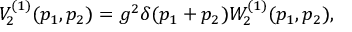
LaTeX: V _ { 2 } ^ { ( 1 ) } ( p _ { 1 } , p _ { 2 } ) = g ^ { 2 } \delta ( p _ { 1 } + p _ { 2 } ) W _ { 2 } ^ { ( 1 ) } ( p _ { 1 } , p _ { 2 } ) ,